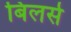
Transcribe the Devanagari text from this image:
बिलर्स